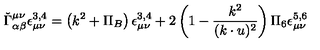
\check { \Gamma } _ { \alpha \beta } ^ { \mu \nu } \epsilon _ { \mu \nu } ^ { 3 , 4 } = \left( k ^ { 2 } + \Pi _ { B } \right) \epsilon _ { \mu \nu } ^ { 3 , 4 } + 2 \left( 1 - \frac { k ^ { 2 } } { ( k \cdot u ) ^ { 2 } } \right) \Pi _ { 6 } \epsilon _ { \mu \nu } ^ { 5 , 6 }